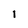
Character: I